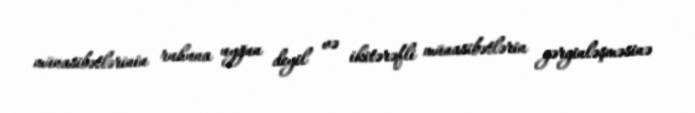
münasibətlərinin ruhuna uyğun deyil və ikitərəfli münasibətlərin gərginləşməsinə